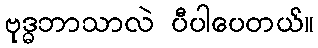
ဗုဒ္ဓဘာသာလဲ ပီပါပေတယ်။